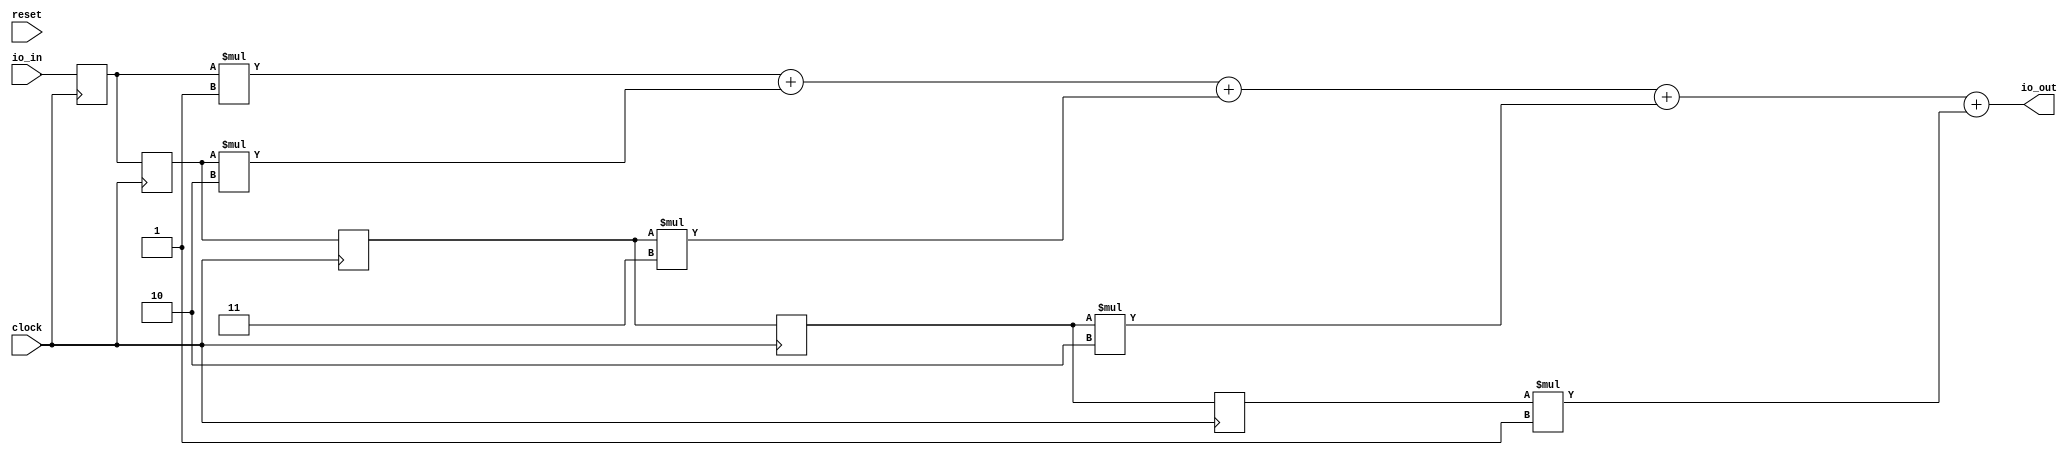
module FirFilter(
  input         clock,
  input         reset,
  input  [7:0]  io_in,
  output [13:0] io_out
);
`ifdef RANDOMIZE_REG_INIT
  reg [31:0] _RAND_0;
  reg [31:0] _RAND_1;
  reg [31:0] _RAND_2;
  reg [31:0] _RAND_3;
  reg [31:0] _RAND_4;
`endif // RANDOMIZE_REG_INIT
  reg [7:0] zs_0; // @[cmd6.sc 7:15]
  reg [7:0] zs_1; // @[cmd6.sc 7:15]
  reg [7:0] zs_2; // @[cmd6.sc 7:15]
  reg [7:0] zs_3; // @[cmd6.sc 7:15]
  reg [7:0] zs_4; // @[cmd6.sc 7:15]
  wire [8:0] _T = zs_0 * 1'h1; // @[cmd6.sc 14:61]
  wire [9:0] products_1 = zs_1 * 2'h2; // @[cmd6.sc 14:61]
  wire [9:0] products_2 = zs_2 * 2'h3; // @[cmd6.sc 14:61]
  wire [9:0] products_3 = zs_3 * 2'h2; // @[cmd6.sc 14:61]
  wire [8:0] _T_4 = zs_4 * 1'h1; // @[cmd6.sc 14:61]
  wire [9:0] products_0 = {{1'd0}, _T}; // @[cmd6.sc 14:49 cmd6.sc 14:49]
  wire [10:0] _T_5 = products_0 + products_1; // @[cmd6.sc 17:31]
  wire [10:0] _GEN_0 = {{1'd0}, products_2}; // @[cmd6.sc 17:31]
  wire [11:0] _T_6 = _T_5 + _GEN_0; // @[cmd6.sc 17:31]
  wire [11:0] _GEN_1 = {{2'd0}, products_3}; // @[cmd6.sc 17:31]
  wire [12:0] _T_7 = _T_6 + _GEN_1; // @[cmd6.sc 17:31]
  wire [9:0] products_4 = {{1'd0}, _T_4}; // @[cmd6.sc 14:49 cmd6.sc 14:49]
  wire [12:0] _GEN_2 = {{3'd0}, products_4}; // @[cmd6.sc 17:31]
  assign io_out = _T_7 + _GEN_2; // @[cmd6.sc 17:31]
  always @(posedge clock) begin
    zs_0 <= io_in; // @[cmd6.sc 8:9]
    zs_1 <= zs_0; // @[cmd6.sc 10:11]
    zs_2 <= zs_1; // @[cmd6.sc 10:11]
    zs_3 <= zs_2; // @[cmd6.sc 10:11]
    zs_4 <= zs_3; // @[cmd6.sc 10:11]
  end
// Register and memory initialization
`ifdef RANDOMIZE_GARBAGE_ASSIGN
`define RANDOMIZE
`endif
`ifdef RANDOMIZE_INVALID_ASSIGN
`define RANDOMIZE
`endif
`ifdef RANDOMIZE_REG_INIT
`define RANDOMIZE
`endif
`ifdef RANDOMIZE_MEM_INIT
`define RANDOMIZE
`endif
`ifndef RANDOM
`define RANDOM $random
`endif
`ifdef RANDOMIZE_MEM_INIT
  integer initvar;
`endif
`ifndef SYNTHESIS
`ifdef FIRRTL_BEFORE_INITIAL
`FIRRTL_BEFORE_INITIAL
`endif
initial begin
  `ifdef RANDOMIZE
    `ifdef INIT_RANDOM
      `INIT_RANDOM
    `endif
    `ifndef VERILATOR
      `ifdef RANDOMIZE_DELAY
        #`RANDOMIZE_DELAY begin end
      `else
        #0.002 begin end
      `endif
    `endif
`ifdef RANDOMIZE_REG_INIT
  _RAND_0 = {1{`RANDOM}};
  zs_0 = _RAND_0[7:0];
  _RAND_1 = {1{`RANDOM}};
  zs_1 = _RAND_1[7:0];
  _RAND_2 = {1{`RANDOM}};
  zs_2 = _RAND_2[7:0];
  _RAND_3 = {1{`RANDOM}};
  zs_3 = _RAND_3[7:0];
  _RAND_4 = {1{`RANDOM}};
  zs_4 = _RAND_4[7:0];
`endif // RANDOMIZE_REG_INIT
  `endif // RANDOMIZE
end // initial
`ifdef FIRRTL_AFTER_INITIAL
`FIRRTL_AFTER_INITIAL
`endif
`endif // SYNTHESIS
endmodule